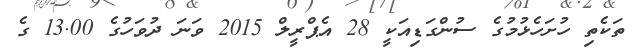
ތަކެތި ހުށަހެޅުމުގެ ސުންގަޑިއަކީ 28 އެޕްރީލް 2015 ވަނަ ދުވަހުގެ 13.00 ގެ